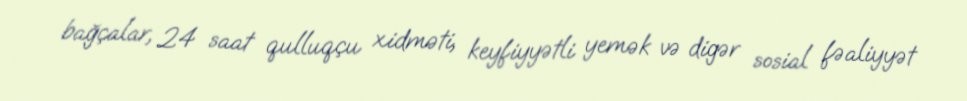
bağçalar, 24 saat qulluqçu xidməti, keyfiyyətli yemək və digər sosial fəaliyyət